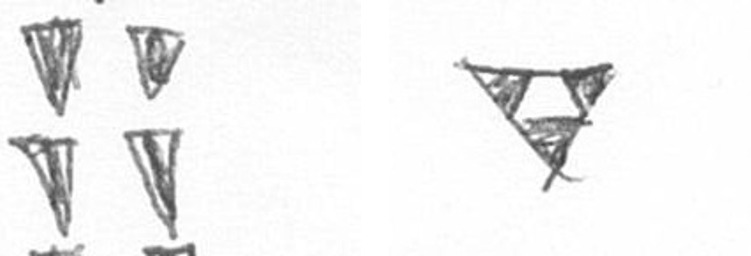
Y S